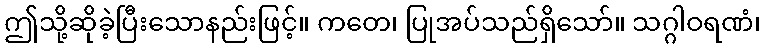
ဤသို့ဆိုခဲ့ပြီးသောနည်းဖြင့်။ ကတေ၊ ပြုအပ်သည်ရှိသော်။ သဂ္ဂါဝရဏံ၊